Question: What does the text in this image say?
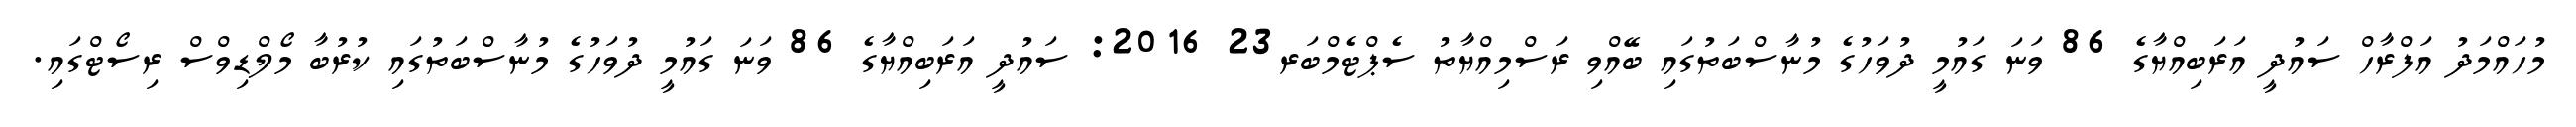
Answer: މުހައްމަދު އަފްރާހް ސައުދީ އަރަބިއްޔާގެ 86 ވަނަ ގައުމީ ދުވަހުގެ މުނާސްބަތުގައި ބޭއްވި ރަސްމިއްޔާތު ސެޕްޓެމްބަރ23 2016: ސައުދީ އަރަބިއްޔާގެ 86 ވަނަ ގައުމީ ދުވަހުގެ މުނާސްބަތުގައި ކުރުބާ މޯލްޑިވްސް ރިސޯޓްގައި.